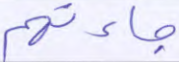
جاءتهم